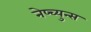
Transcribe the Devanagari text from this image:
नेप्च्युन्स